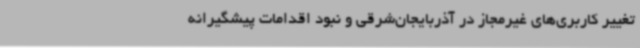
تغییر کاربری‌های غیرمجاز در آذربایجان‌شرقی و نبود اقدامات پیشگیرانه